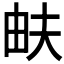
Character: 𤱁